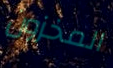
المخزون